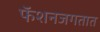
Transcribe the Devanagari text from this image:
फॅशनजगतात